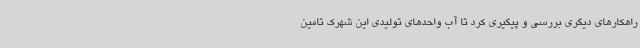
راهکارهای دیگری بررسی و پیگیری کرد تا آب واحدهای تولیدی این شهرک تامین